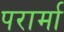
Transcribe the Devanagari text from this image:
परार्मा